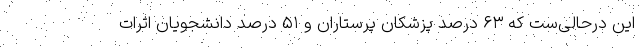
این درحالی‌ست که ۶۳ درصد پزشکان پرستاران و ۵۱ درصد دانشجویان اثرات